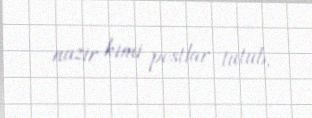
nazir kimi postlar tutub.